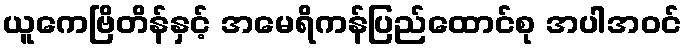
ယူကေဗြိတိန်နှင့် အမေရိကန်ပြည်ထောင်စု အပါအဝင်